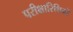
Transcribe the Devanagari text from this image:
परीक्षारिथियों